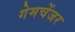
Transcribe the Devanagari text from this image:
गेमचेंजर